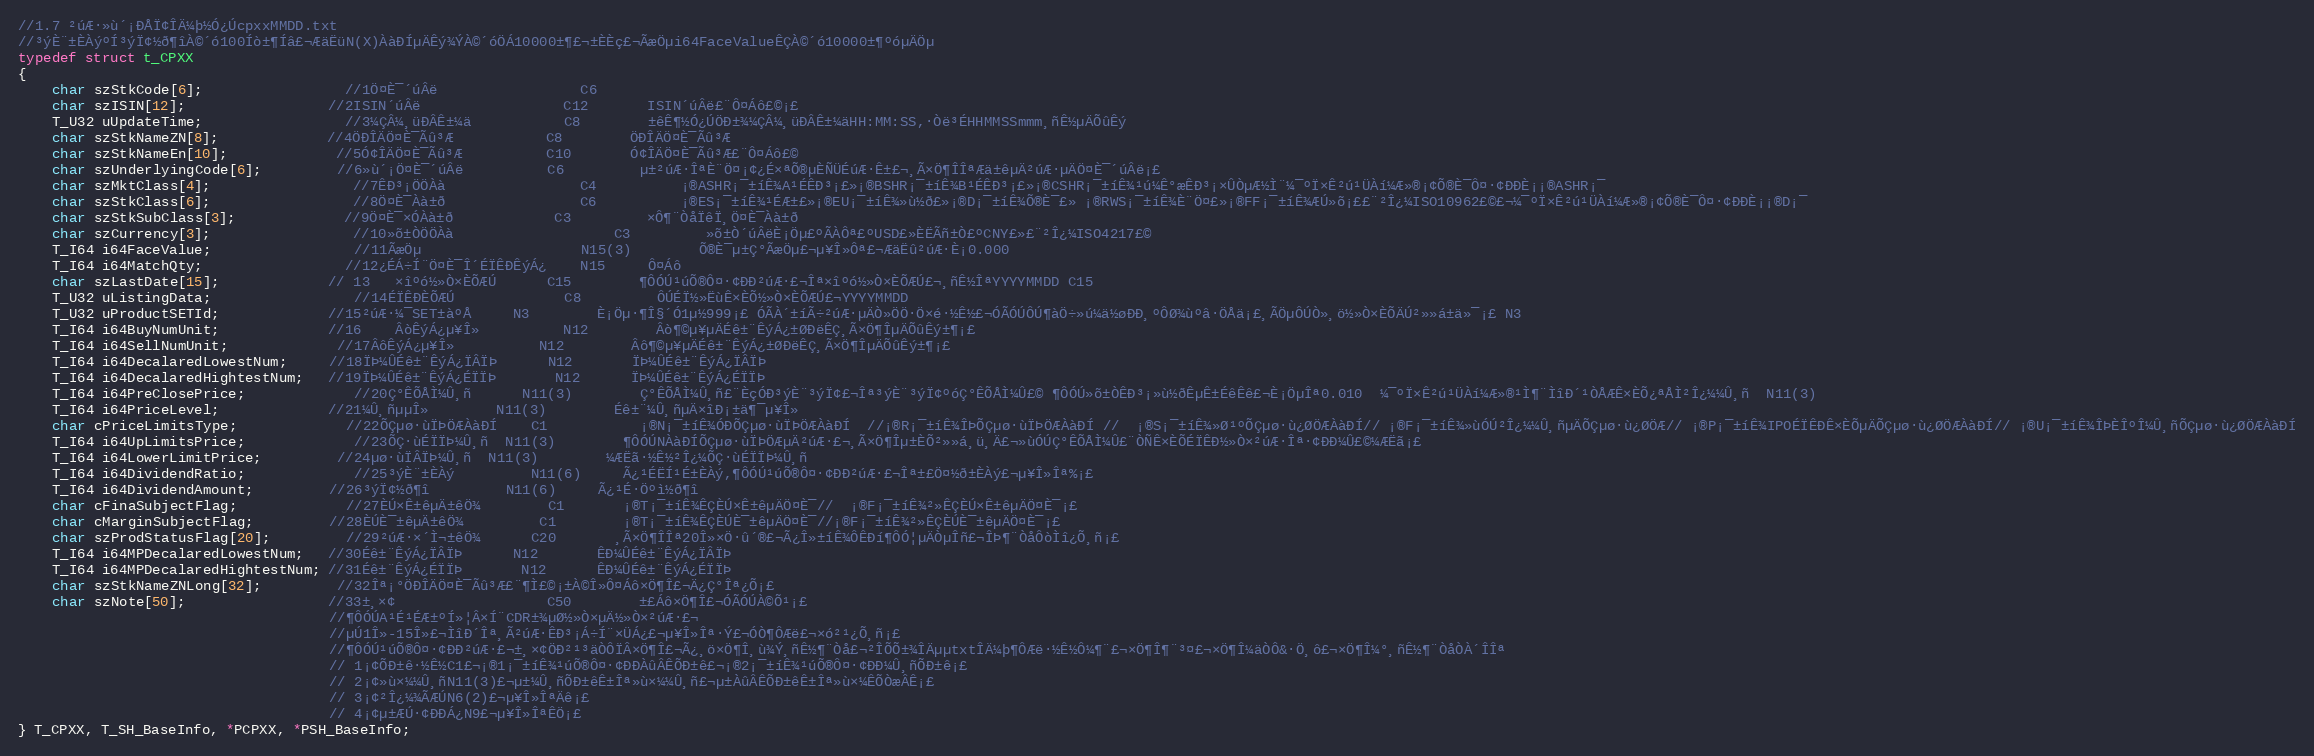
Language: C
//1.7 ²úÆ·»ù´¡ÐÅÏ¢ÎÄ¼þ½Ó¿ÚcpxxMMDD.txt
//³ýÈ¨±ÈÀýºÍ³ýÏ¢½ð¶îÀ©´ó100Íò±¶Íâ£¬ÆäËüN(X)ÀàÐÍµÄÊý¾ÝÀ©´óÖÁ10000±¶£¬±ÈÈç£¬ÃæÖµi64FaceValueÊÇÀ©´ó10000±¶ºóµÄÖµ
typedef struct t_CPXX
{
	char szStkCode[6];				 //1Ö¤È¯´úÂë	                C6
	char szISIN[12];				 //2ISIN´úÂë	                C12       ISIN´úÂë£¨Ô¤Áô£©¡£
	T_U32 uUpdateTime;				 //3¼ÇÂ¼¸üÐÂÊ±¼ä	          C8        ±êÊ¶½Ó¿ÚÖÐ±¾¼ÇÂ¼¸üÐÂÊ±¼äHH:MM:SS,·­Òë³ÉHHMMSSmmm¸ñÊ½µÄÕûÊý
	char szStkNameZN[8];			 //4ÖÐÎÄÖ¤È¯Ãû³Æ	          C8        ÖÐÎÄÖ¤È¯Ãû³Æ
	char szStkNameEn[10];			 //5Ó¢ÎÄÖ¤È¯Ãû³Æ	         C10       Ó¢ÎÄÖ¤È¯Ãû³Æ£¨Ô¤Áô£©
	char szUnderlyingCode[6];		 //6»ù´¡Ö¤È¯´úÂë	         C6         µ±²úÆ·ÎªÈ¨Ö¤¡¢¿É×ªÕ®µÈÑÜÉúÆ·Ê±£¬¸Ã×Ö¶ÎÎªÆä±êµÄ²úÆ·µÄÖ¤È¯´úÂë¡£
	char szMktClass[4];				 //7ÊÐ³¡ÖÖÀà	               C4          ¡®ASHR¡¯±íÊ¾A¹ÉÊÐ³¡£»¡®BSHR¡¯±íÊ¾B¹ÉÊÐ³¡£»¡®CSHR¡¯±íÊ¾¹ú¼Ê°æÊÐ³¡×ÛÒµÆ½Ì¨¼¯ºÏ×Ê²ú¹ÜÀí¼Æ»®¡¢Õ®È¯Ô¤·¢ÐÐÈ¡¡®ASHR¡¯
	char szStkClass[6];				 //8Ö¤È¯Àà±ð	               C6          ¡®ES¡¯±íÊ¾¹ÉÆ±£»¡®EU¡¯±íÊ¾»ù½ð£»¡®D¡¯±íÊ¾Õ®È¯£» ¡®RWS¡¯±íÊ¾È¨Ö¤£»¡®FF¡¯±íÊ¾ÆÚ»õ¡££¨²Î¿¼ISO10962£©£¬¼¯ºÏ×Ê²ú¹ÜÀí¼Æ»®¡¢Õ®È¯Ô¤·¢ÐÐÈ¡¡®D¡¯
	char szStkSubClass[3];			 //9Ö¤È¯×ÓÀà±ð	         C3         ×Ô¶¨ÒåÏêÏ¸Ö¤È¯Àà±ð
	char szCurrency[3];				 //10»õ±ÒÖÖÀà	               C3         »õ±Ò´úÂëÈ¡Öµ£ºÃÀÔª£ºUSD£»ÈËÃñ±Ò£ºCNY£»£¨²Î¿¼ISO4217£©
	T_I64 i64FaceValue;				 //11ÃæÖµ	               N15(3)        Õ®È¯µ±Ç°ÃæÖµ£¬µ¥Î»Ôª£¬ÆäËû²úÆ·È¡0.000
	T_I64 i64MatchQty;				 //12¿ÉÁ÷Í¨Ö¤È¯Î´ÉÏÊÐÊýÁ¿ 	N15 	Ô¤Áô
	char szLastDate[15];			 // 13	×îºó½»Ò×ÈÕÆÚ	  C15        ¶ÔÓÚ¹úÕ®Ô¤·¢ÐÐ²úÆ·£¬Îª×îºó½»Ò×ÈÕÆÚ£¬¸ñÊ½ÎªYYYYMMDD	C15
	T_U32 uListingData;				 //14ÉÏÊÐÈÕÆÚ	         C8         ÔÚÉÏ½»ËùÊ×ÈÕ½»Ò×ÈÕÆÚ£¬YYYYMMDD
	T_U32 uProductSETId;			 //15²úÆ·¼¯SET±àºÅ     N3        È¡Öµ·¶Î§´Ó1µ½999¡£ ÓÃÀ´±íÃ÷²úÆ·µÄÒ»ÖÖ·Ö×é·½Ê½£¬ÓÃÓÚÔÚ¶àÖ÷»ú¼ä½øÐÐ¸ºÔØ¾ùºâ·ÖÅä¡£¸ÃÖµÔÚÒ»¸ö½»Ò×ÈÕÄÚ²»»á±ä»¯¡£	N3
	T_I64 i64BuyNumUnit;			 //16	ÂòÊýÁ¿µ¥Î»	        N12        Âò¶©µ¥µÄÉê±¨ÊýÁ¿±ØÐëÊÇ¸Ã×Ö¶ÎµÄÕûÊý±¶¡£
	T_I64 i64SellNumUnit;			 //17ÂôÊýÁ¿µ¥Î»	        N12        Âô¶©µ¥µÄÉê±¨ÊýÁ¿±ØÐëÊÇ¸Ã×Ö¶ÎµÄÕûÊý±¶¡£
	T_I64 i64DecalaredLowestNum;	 //18ÏÞ¼ÛÉê±¨ÊýÁ¿ÏÂÏÞ      N12	    ÏÞ¼ÛÉê±¨ÊýÁ¿ÏÂÏÞ
	T_I64 i64DecalaredHightestNum;   //19ÏÞ¼ÛÉê±¨ÊýÁ¿ÉÏÏÞ       N12	    ÏÞ¼ÛÉê±¨ÊýÁ¿ÉÏÏÞ
	T_I64 i64PreClosePrice;			 //20Ç°ÊÕÅÌ¼Û¸ñ	    N11(3)        Ç°ÊÕÅÌ¼Û¸ñ£¨ÈçÓÐ³ýÈ¨³ýÏ¢£¬Îª³ýÈ¨³ýÏ¢ºóÇ°ÊÕÅÌ¼Û£© ¶ÔÓÚ»õ±ÒÊÐ³¡»ù½ðÊµÊ±ÉêÊê£¬È¡ÖµÎª0.010  ¼¯ºÏ×Ê²ú¹ÜÀí¼Æ»®¹Ì¶¨ÌîÐ´¹ÒÅÆÊ×ÈÕ¿ªÅÌ²Î¿¼¼Û¸ñ	N11(3)
	T_I64 i64PriceLevel;			 //21¼Û¸ñµµÎ»	    N11(3)        Éê±¨¼Û¸ñµÄ×îÐ¡±ä¶¯µ¥Î»
	char cPriceLimitsType;			 //22ÕÇµø·ùÏÞÖÆÀàÐÍ    C1           ¡®N¡¯±íÊ¾ÓÐÕÇµø·ùÏÞÖÆÀàÐÍ  //¡®R¡¯±íÊ¾ÎÞÕÇµø·ùÏÞÖÆÀàÐÍ //  ¡®S¡¯±íÊ¾»Ø¹ºÕÇµø·ù¿ØÖÆÀàÐÍ// ¡®F¡¯±íÊ¾»ùÓÚ²Î¿¼¼Û¸ñµÄÕÇµø·ù¿ØÖÆ// ¡®P¡¯±íÊ¾IPOÉÏÊÐÊ×ÈÕµÄÕÇµø·ù¿ØÖÆÀàÐÍ// ¡®U¡¯±íÊ¾ÎÞÈÎºÎ¼Û¸ñÕÇµø·ù¿ØÖÆÀàÐÍ
	T_I64 i64UpLimitsPrice;			 //23ÕÇ·ùÉÏÏÞ¼Û¸ñ  N11(3)	    ¶ÔÓÚNÀàÐÍÕÇµø·ùÏÞÖÆµÄ²úÆ·£¬¸Ã×Ö¶Îµ±ÈÕ²»»á¸ü¸Ä£¬»ùÓÚÇ°ÊÕÅÌ¼Û£¨ÒÑÊ×ÈÕÉÏÊÐ½»Ò×²úÆ·Îª·¢ÐÐ¼Û£©¼ÆËã¡£
	T_I64 i64LowerLimitPrice;		 //24µø·ùÏÂÏÞ¼Û¸ñ  N11(3)	    ¼ÆËã·½Ê½²Î¿¼ÕÇ·ùÉÏÏÞ¼Û¸ñ
	T_I64 i64DividendRatio;			 //25³ýÈ¨±ÈÀý         N11(6)	    Ã¿¹ÉËÍ¹É±ÈÀý,¶ÔÓÚ¹úÕ®Ô¤·¢ÐÐ²úÆ·£¬Îª±£Ö¤½ð±ÈÀý£¬µ¥Î»Îª%¡£
	T_I64 i64DividendAmount;		 //26³ýÏ¢½ð¶î         N11(6)	    Ã¿¹É·Öºì½ð¶î
	char cFinaSubjectFlag;			 //27ÈÚ×Ê±êµÄ±êÖ¾        C1	     ¡®T¡¯±íÊ¾ÊÇÈÚ×Ê±êµÄÖ¤È¯//  ¡®F¡¯±íÊ¾²»ÊÇÈÚ×Ê±êµÄÖ¤È¯¡£
	char cMarginSubjectFlag;		 //28ÈÚÈ¯±êµÄ±êÖ¾         C1        ¡®T¡¯±íÊ¾ÊÇÈÚÈ¯±êµÄÖ¤È¯//¡®F¡¯±íÊ¾²»ÊÇÈÚÈ¯±êµÄÖ¤È¯¡£
	char szProdStatusFlag[20];		 //29²úÆ·×´Ì¬±êÖ¾      C20       ¸Ã×Ö¶ÎÎª20Î»×Ö·û´®£¬Ã¿Î»±íÊ¾ÔÊÐí¶ÔÓ¦µÄÒµÎñ£¬ÎÞ¶¨ÒåÔòÌî¿Õ¸ñ¡£
	T_I64 i64MPDecalaredLowestNum;   //30Éê±¨ÊýÁ¿ÏÂÏÞ      N12	    ÊÐ¼ÛÉê±¨ÊýÁ¿ÏÂÏÞ
	T_I64 i64MPDecalaredHightestNum; //31Éê±¨ÊýÁ¿ÉÏÏÞ       N12	    ÊÐ¼ÛÉê±¨ÊýÁ¿ÉÏÏÞ
	char szStkNameZNLong[32];		 //32Îª¡°ÖÐÎÄÖ¤È¯Ãû³Æ£¨¶Ì£©¡±À©Î»Ô¤Áô×Ö¶Î£¬Ä¿Ç°Îª¿Õ¡£
	char szNote[50];				 //33±¸×¢                  C50	     ±£Áô×Ö¶Î£¬ÓÃÓÚÀ©Õ¹¡£
									 //¶ÔÓÚA¹É¹ÉÆ±ºÍ»¦Â×Í¨CDR±¾µØ½»Ò×µÄ½»Ò×²úÆ·£¬
									 //µÚ1Î»-15Î»£¬ÌîÐ´Îª¸Ã²úÆ·ÊÐ³¡Á÷Í¨×ÜÁ¿£¬µ¥Î»Îª·Ý£¬ÓÒ¶ÔÆë£¬×ó²¹¿Õ¸ñ¡£
									 //¶ÔÓÚ¹úÕ®Ô¤·¢ÐÐ²úÆ·£¬±¸×¢ÖÐ²¹³äÒÔÏÂ×Ö¶Î£¬Ã¿¸ö×Ö¶Î¸ù¾Ý¸ñÊ½¶¨Òå£¬²ÎÕÕ±¾ÎÄµµtxtÎÄ¼þ¶ÔÆë·½Ê½Ô¼¶¨£¬×Ö¶Î¶¨³¤£¬×Ö¶Î¼äÒÔ&·Ö¸ô£¬×Ö¶Î¼°¸ñÊ½¶¨ÒåÒÀ´ÎÎª
									 // 1¡¢ÕÐ±ê·½Ê½C1£¬¡®1¡¯±íÊ¾¹úÕ®Ô¤·¢ÐÐÀûÂÊÕÐ±ê£¬¡®2¡¯±íÊ¾¹úÕ®Ô¤·¢ÐÐ¼Û¸ñÕÐ±ê¡£
									 // 2¡¢»ù×¼¼Û¸ñN11(3)£¬µ±¼Û¸ñÕÐ±êÊ±Îª»ù×¼¼Û¸ñ£¬µ±ÀûÂÊÕÐ±êÊ±Îª»ù×¼ÊÕÒæÂÊ¡£
									 // 3¡¢²Î¿¼¾ÃÆÚN6(2)£¬µ¥Î»ÎªÄê¡£
									 // 4¡¢µ±ÆÚ·¢ÐÐÁ¿N9£¬µ¥Î»ÎªÊÖ¡£
} T_CPXX, T_SH_BaseInfo, *PCPXX, *PSH_BaseInfo;